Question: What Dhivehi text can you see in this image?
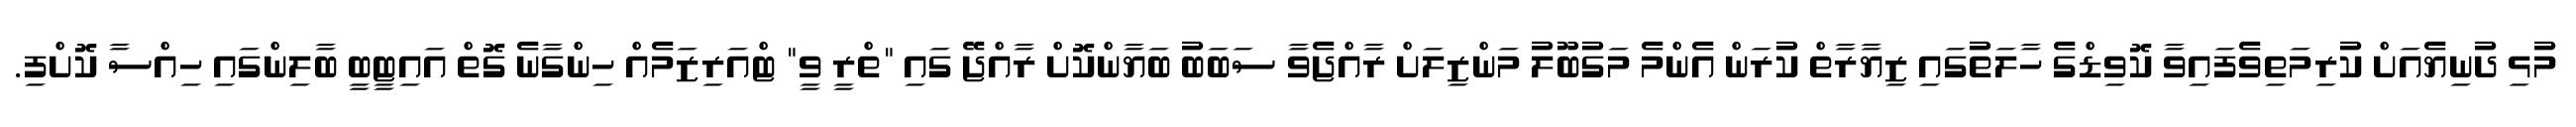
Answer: މުޅި ދުނިޔެއަށް ކުރިމަތިވެފައިވާ ކޮވިޑްގެ ހާލަތުގައި ޒިޔާރާތް ކުރަން އެންމެ މަގުބޫލު މަންޒިލަށް ރާއްޖެވާ ސަބަބު ބަޔާންކޮށް ރާއްޖޭ ގައި "ތްރީ ވީ" ޓްއަރިޒަމެއް ހިންގާނެ ގޮތް އައިޓީބީ ބާލިންގައި ހިއްސާ ކޮށްފި.